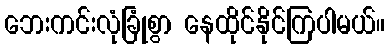
ဘေးကင်းလုံခြုံစွာ နေထိုင်နိုင်ကြပါမယ်။